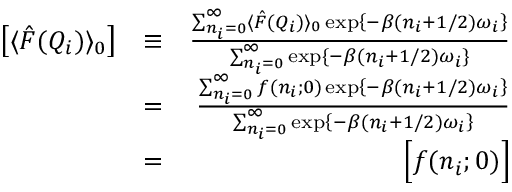
\begin{array} { r l r } { \left[ \langle \hat { F } ( Q _ { i } ) \rangle _ { 0 } \right] } & { \equiv } & { \frac { \sum _ { n _ { i } = 0 } ^ { \infty } \langle \hat { F } ( Q _ { i } ) \rangle _ { 0 } \exp \left\{ - \beta ( n _ { i } + 1 / 2 ) \omega _ { i } \right\} } { \sum _ { n _ { i } = 0 } ^ { \infty } \exp \left\{ - \beta ( n _ { i } + 1 / 2 ) \omega _ { i } \right\} } } \\ & { = } & { \frac { \sum _ { n _ { i } = 0 } ^ { \infty } f ( n _ { i } ; 0 ) \exp \left\{ - \beta ( n _ { i } + 1 / 2 ) \omega _ { i } \right\} } { \sum _ { n _ { i } = 0 } ^ { \infty } \exp \left\{ - \beta ( n _ { i } + 1 / 2 ) \omega _ { i } \right\} } } \\ & { = } & { \Big [ f ( n _ { i } ; 0 ) \Big ] } \end{array}